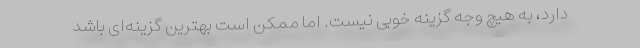
دارد، به هیچ وجه گزینه خوبی نیست. اما ممکن است بهترین گزینه‌ای باشد